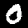
Label: 0